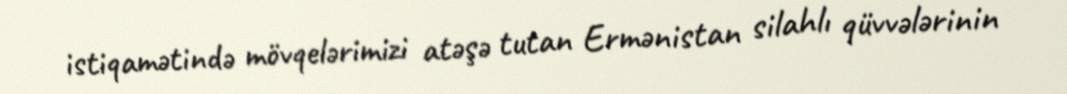
istiqamətində mövqelərimizi atəşə tutan Ermənistan silahlı qüvvələrinin